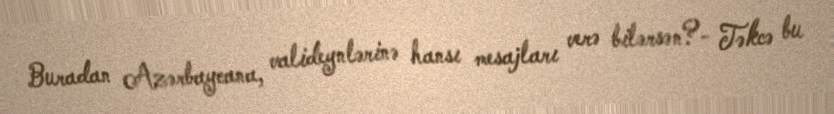
Buradan Azərbaycana, valideynlərinə hansı mesajları verə bilərsən?- Təkcə bu